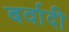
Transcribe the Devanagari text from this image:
बर्वादी